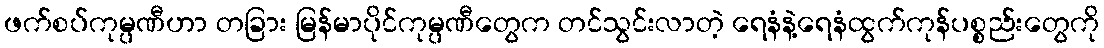
ဖက်စပ်ကုမ္ပဏီဟာ တခြား မြန်မာပိုင်ကုမ္ပဏီတွေက တင်သွင်းလာတဲ့ ရေနံနဲ့ရေနံထွက်ကုန်ပစ္စည်းတွေကို